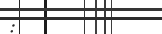
: